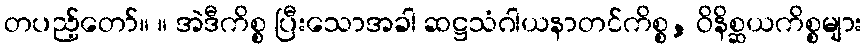
တပည့်တော်။ ။ အဲဒီကိစ္စ ပြီးသောအခါ ဆဋ္ဌသံဂါယနာတင်ကိစ္စ, ဝိနိစ္ဆယကိစ္စများ